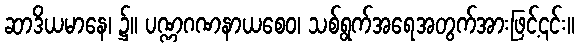
ဆာဒိယမာနေ၊ ၌။ ပဏ္ဏဂဏနာယစေဝ၊ သစ်ရွက်အရေအတွက်အားဖြင့်၎င်း။